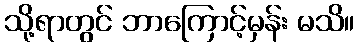
သို့ရာတွင် ဘာကြောင့်မှန်း မသိ။